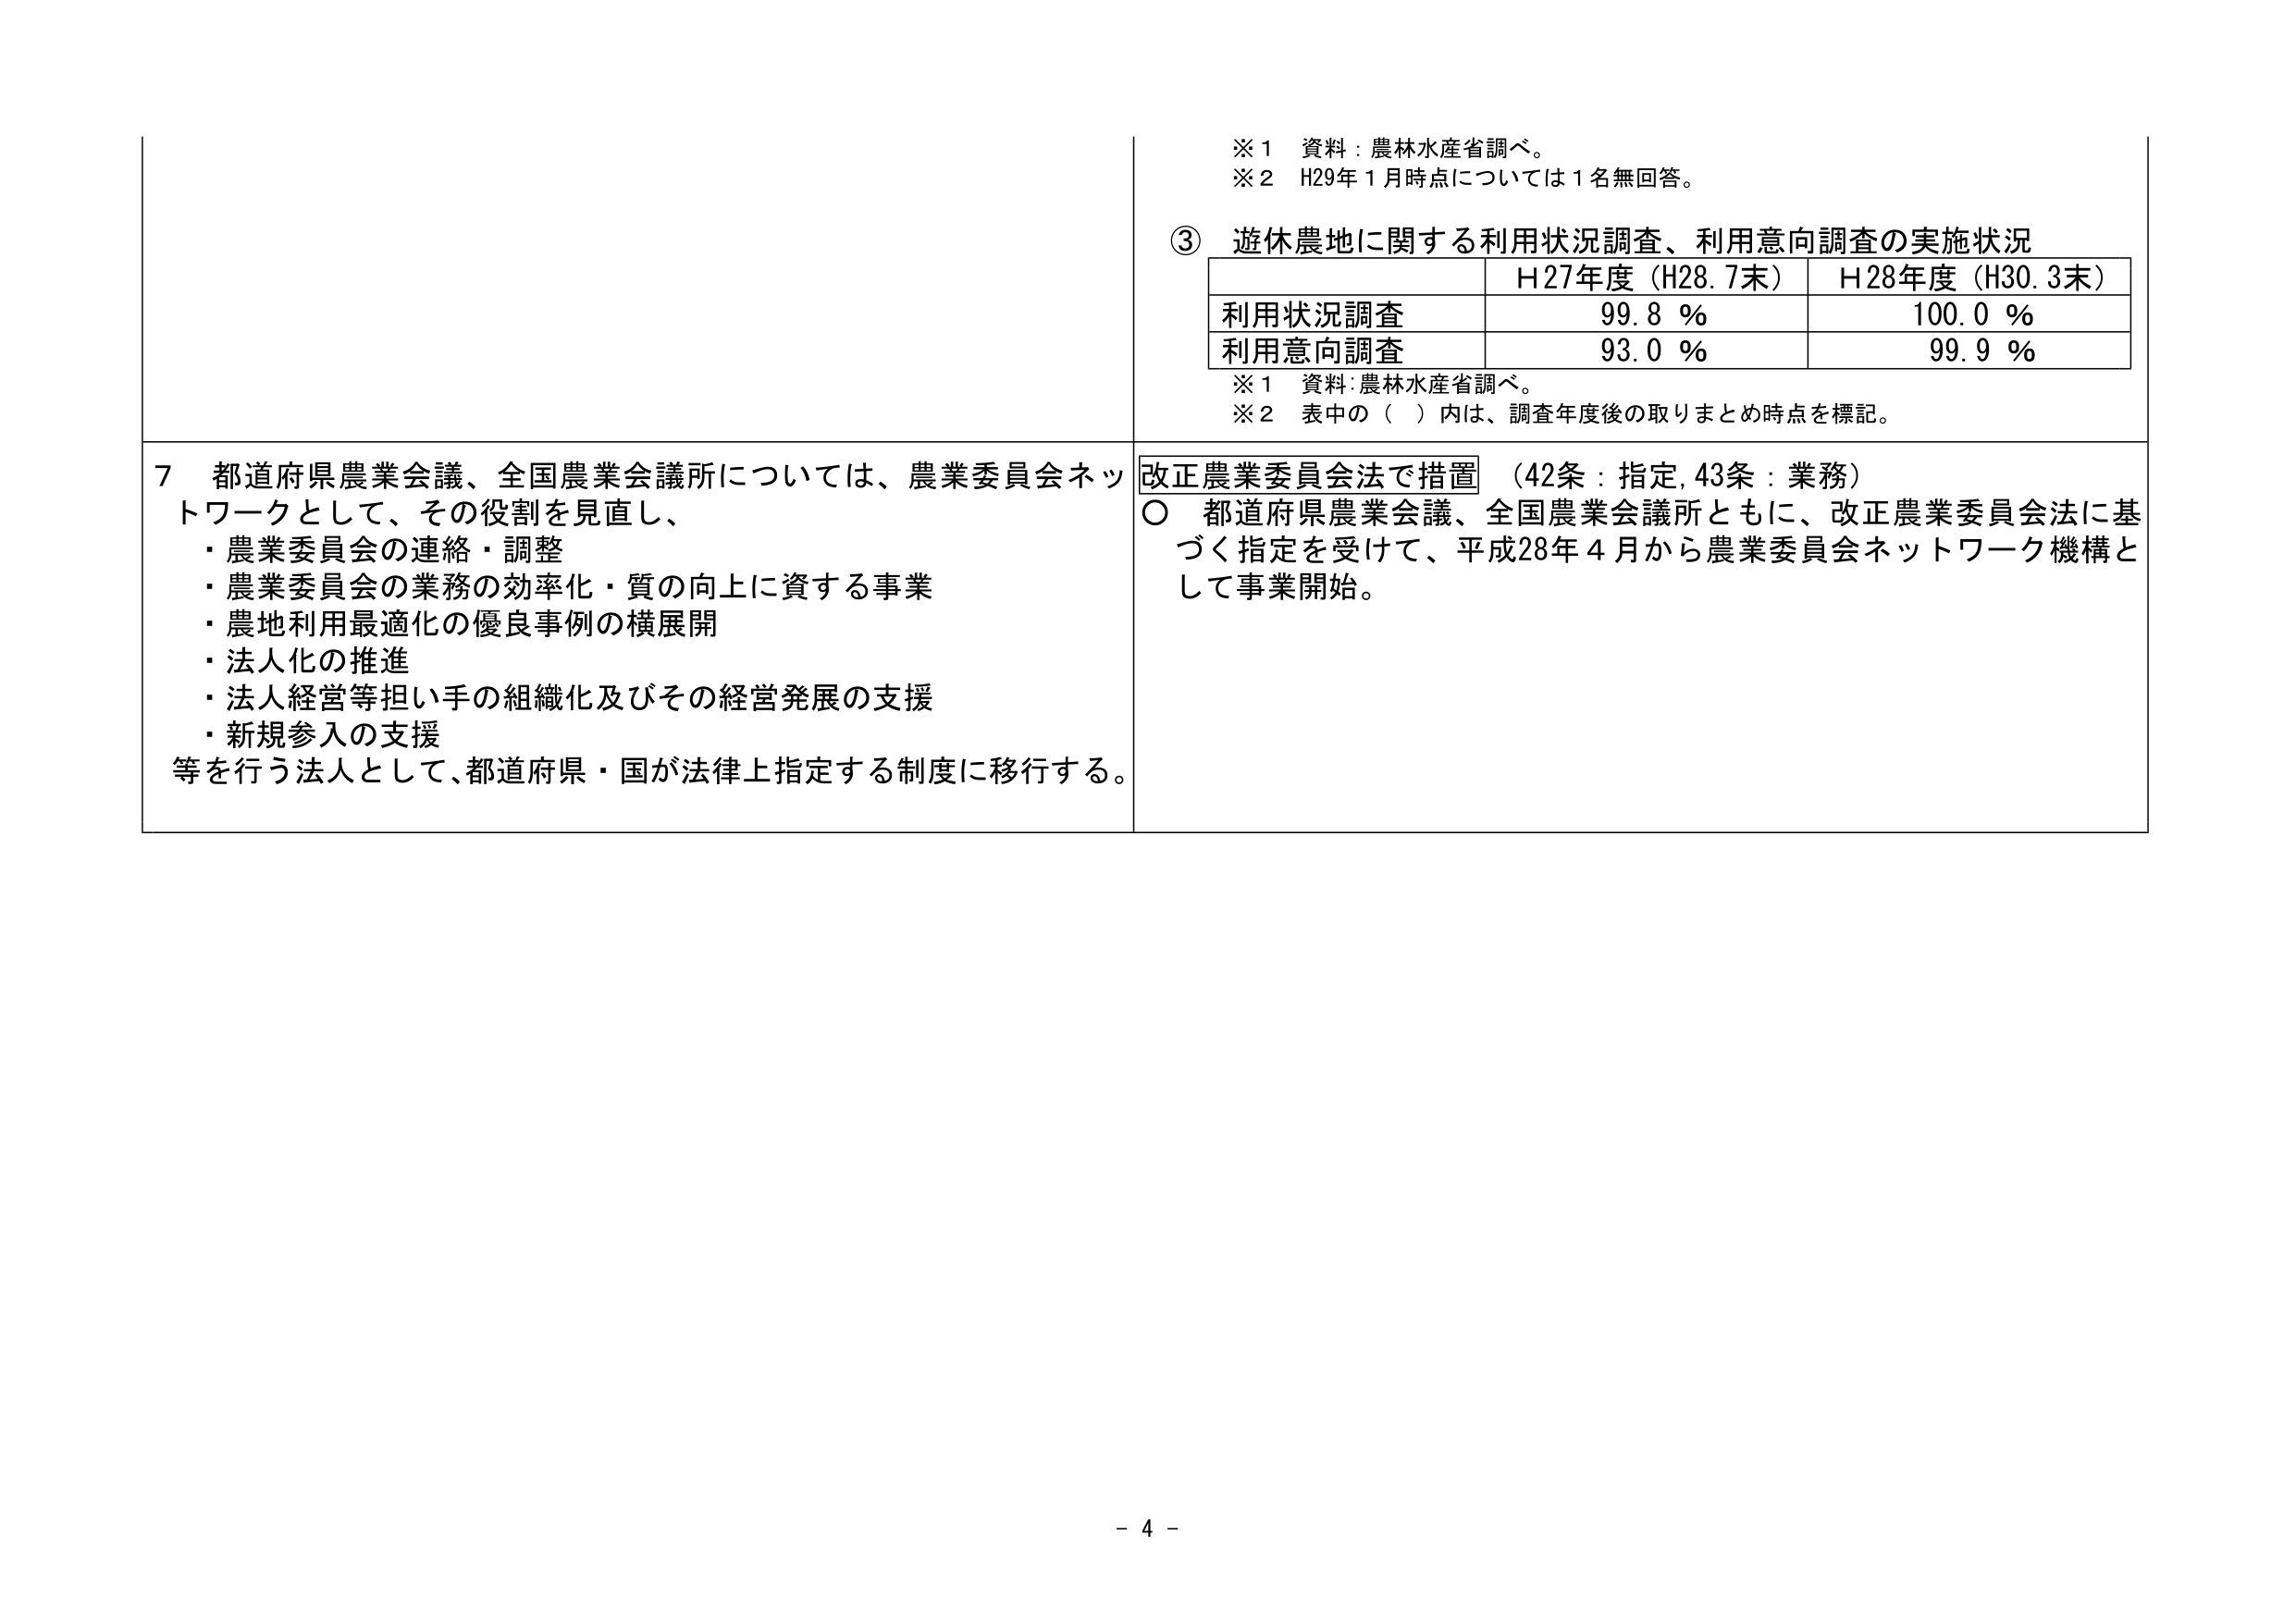
※1 資料：農林水産省調べ。
※2 H29年1月時点については1名無回答。

③ 遊休農地に関する利用状況調査、利用意向調査の実施状況
　　　　　　　　　　H27年度（H28.7末）　　　H28年度（H30.3末）
利用状況調査　　　　　　99.8 %　　　　　　　100.0 %
利用意向調査　　　　　　93.0 %　　　　　　　99.9 %
※1 資料：農林水産省調べ。
※2 表中の（　）内は、調査年度後の取りまとめ時点を標記。

7 都道府県農業会議、全国農業会議所については、農業委員会ネットワークとして、その役割を見直し、
・農業委員会の連絡・調整
・農業委員会の業務の効率化・質の向上に資する事業
・農地利用最適化の優良事例の横展開
・法人化の推進
・法人経営等担い手の組織化及びその経営発展の支援
・新規参入の支援
等を行う法人として、都道府県・国が法律上指定する制度に移行する。

改正農業委員会法で措置 （42条：指定, 43条：業務）
○ 都道府県農業会議、全国農業会議所ともに、改正農業委員会法に基づく指定を受けて、平成28年4月から農業委員会ネットワーク機構として事業開始。

- 4 -